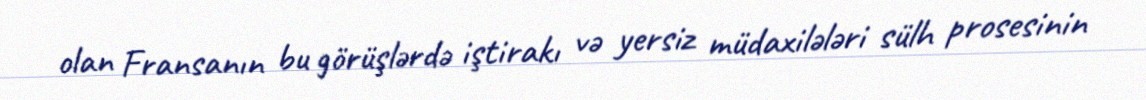
olan Fransanın bu görüşlərdə iştirakı və yersiz müdaxilələri sülh prosesinin